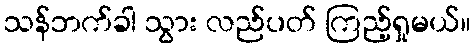
သန်ဘက်ခါ သွား လည်ပတ် ကြည့်ရှုမယ်။